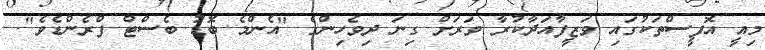
މިއީ އޮފީސްތަކުގައި ވަޒީފާއަދާކުރާ ވަރަށް ގިނަ ދިވެހިންގެ "އެންމެ ބޮޑު ބެސްޓް ފްރެންޑެވެ".